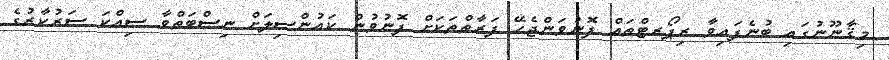
މިޤާނޫނުގައި ބުނެފައިވާ ރިޕޯރޓްތައް ފޮނުވަންޖެހޭ ފަރާތްތަކަށް ފޮނުވުން ކައުންސިލަށް ނިސްބަތްވާ ސިއްކަ ސަރުކާރުގެ